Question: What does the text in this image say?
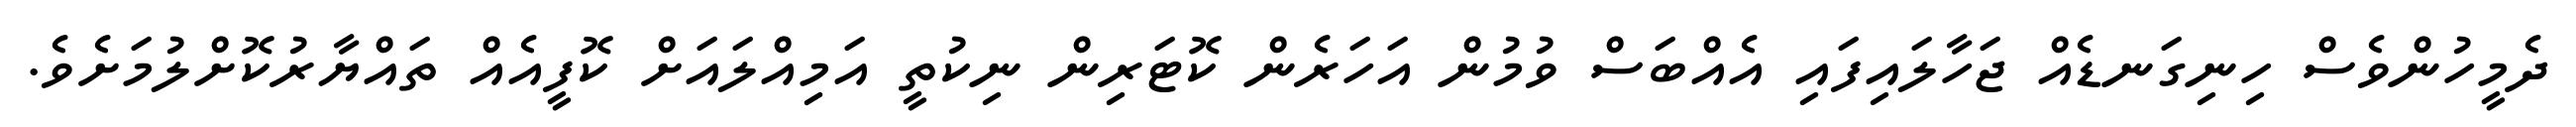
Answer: ދެމީހުންވެސް ހިނިގަނޑެއް ޖަހާލައިފައި އެއްބަސް ވުމުން އަހަރެން ކޮޓަރިން ނިކުތީ އަމިއްލައަށް ކޮފީއެއް ތައްޔާރުކޮށްލުމަށެވެ.